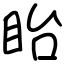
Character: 眙